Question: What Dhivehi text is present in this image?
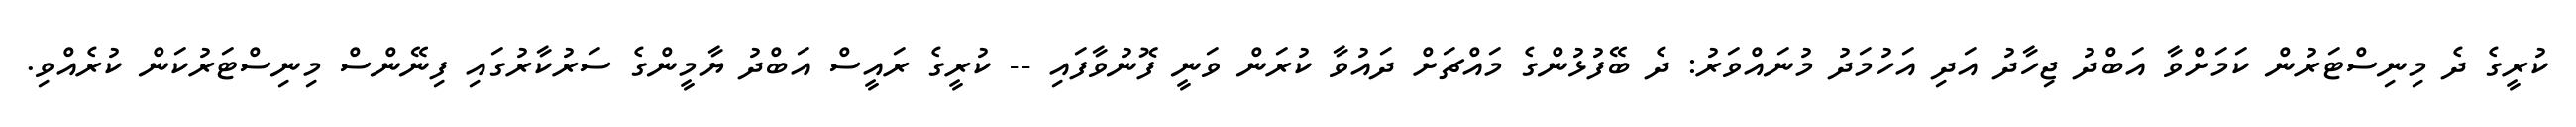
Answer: ކުރީގެ ދެ މިނިސްޓަރުން ކަމަށްވާ އަބްދު ޖިހާދު އަދި އަހުމަދު މުނައްވަރު: ދެ ބޭފުޅުންގެ މައްޗަށް ދައުވާ ކުރަން ވަނީ ފޮނުވާފައި -- ކުރީގެ ރައީސް އަބްދު ޔާމީންގެ ސަރުކާރުގައި ފިނޭންސް މިނިސްޓަރުކަން ކުރެއްވި.